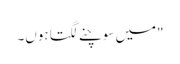
"میں سوچنے لگتا ہوں۔